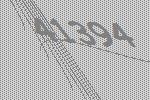
41394